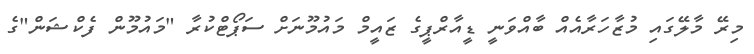
މިރޭ މާލޭގައި މުޒާހަރާއެއް ބާއްވަނީ ޑީއާރްޕީގެ ޒައީމް މައުމޫނަށް ސަޕޯޓްކުރާ "މައުމޫން ފެކްޝަން"ގެ